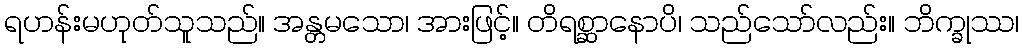
ရဟန်းမဟုတ်သူသည်။ အန္တမသော၊ အားဖြင့်။ တိရစ္ဆာနောပိ၊ သည်သော်လည်း။ ဘိက္ခုဿ၊